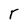
Character: r